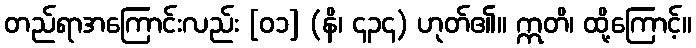
တည်ရာအကြောင်းလည်း [၀၁] (နိ၊ ၄၃၄) ဟုတ်၏။ ဣတိ၊ ထို့ကြောင့်။